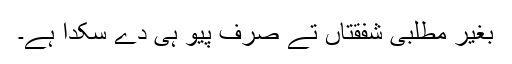
بغیر مطلبی شفقتاں تے صرف پیو ہی دے سکدا ہے۔